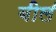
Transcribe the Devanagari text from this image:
बील॔